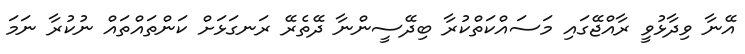
އޭނާ ވިދާޅުވީ ރާއްޖޭގައި މަސައްކަތްކުރާ ބިދޭސީންނާ ދޭތެރޭ ރަނގަޅަށް ކަންތައްތައް ނުކުރާ ނަމަ